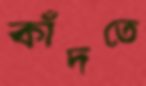
কাঁদতে